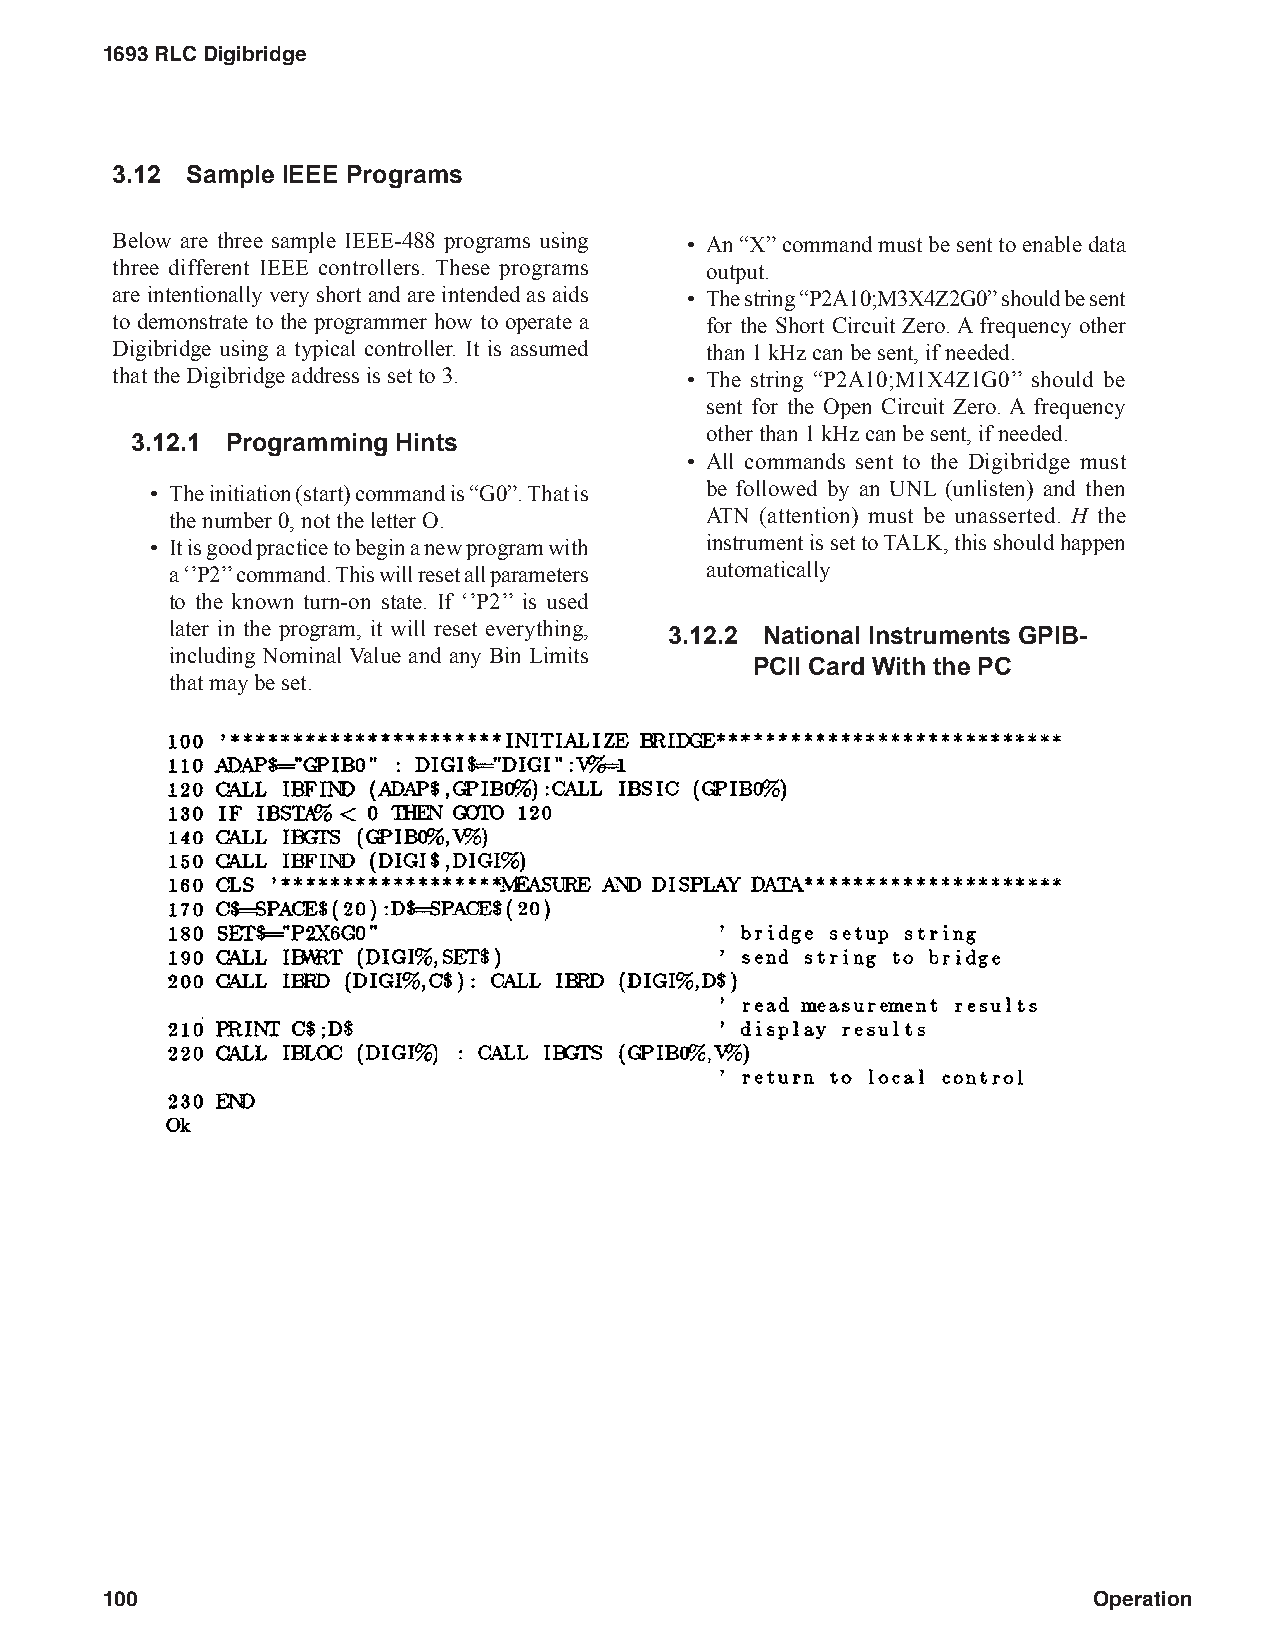
1693 RLC Digibridge
 3.12 Sample IEEE Programs
 Below are three sample IEEE-488 programs using • An “X” command must be sent to enable data
 three different IEEE controllers. These programs output.
 are intentionally very short and are intended as aids • The string “P2A10;M3X4Z2G0” should be sent
 to demonstrate to the programmer how to operate a for the Short Circuit Zero. A frequency other
 Digibridge using a typical controller. It is assumed than 1 kHz can be sent, if needed.
 that the Digibridge address is set to 3. • The string “P2A10;M1X4Z1G0’’ should be
 sent for the Open Circuit Zero. A frequency
 other than 1 kHz can be sent, if needed.
 3.12.1 Programming Hints
 • All commands sent to the Digibridge must
 • The initiation (start) command is “G0”. That is be followed by an UNL (unlisten) and then
 the number 0, not the letter O.     ATN (attention) must be unasserted. H the
 • It is good practice to begin a new program with instrument is set to TALK, this should happen
 a ‘’P2’’ command. This will reset all parameters automatically
 to the known turn-on state. If ‘’P2’’ is used
 later in the program, it will reset everything,
 3.12.2 National Instruments GPIB-
 including Nominal Value and any Bin Limits
 PCll Card With the PC
 that may be set.
 100                                                              Operation